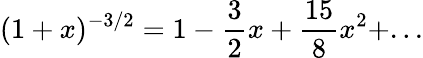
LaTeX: (1+x)^{-3/2}=1-\frac{3}{2}x+\frac{15}{8}x^{2}+...